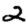
Digit: 2